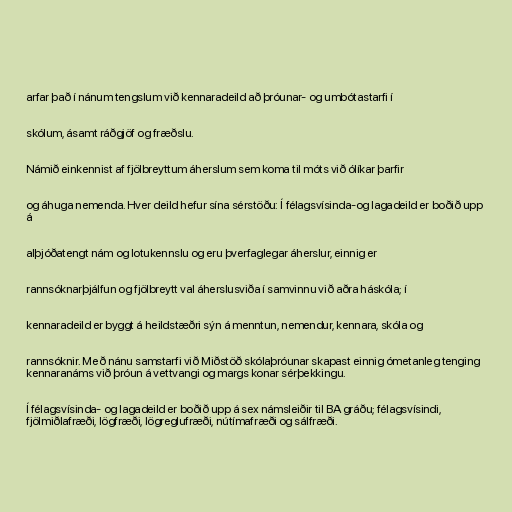
arfar það í nánum tengslum við kennaradeild að þróunar- og umbótastarfi í

skólum, ásamt ráðgjöf og fræðslu.

Námið einkennist af fjölbreyttum áherslum sem koma til móts við ólíkar þarfir

og áhuga nemenda. Hver deild hefur sína sérstöðu: Í félagsvísinda-og lagadeild er boðið upp
á

alþjóðatengt nám og lotukennslu og eru þverfaglegar áherslur, einnig er

rannsóknarþjálfun og fjölbreytt val áherslusviða í samvinnu við aðra háskóla; í

kennaradeild er byggt á heildstæðri sýn á menntun, nemendur, kennara, skóla og

rannsóknir. Með nánu samstarfi við Miðstöð skólaþróunar skapast einnig ómetanleg tenging
kennaranáms við þróun á vettvangi og margs konar sérþekkingu.

Í félagsvísinda- og lagadeild er boðið upp á sex námsleiðir til BA gráðu; félagsvísindi,
fjölmiðlafræði, lögfræði, lögreglufræði, nútímafræði og sálfræði.